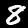
Label: 8